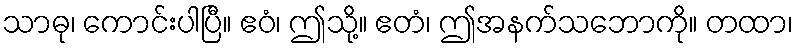
သာဓု၊ ကောင်းပါပြီ။ ဧဝံ၊ ဤသို့။ ဧတံ၊ ဤအနက်သဘောကို။ တထာ၊